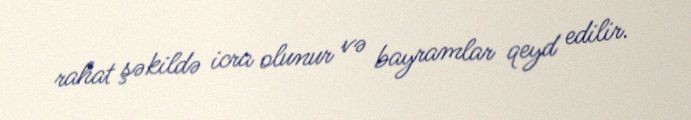
rahat şəkildə icra olunur və bayramlar qeyd edilir.